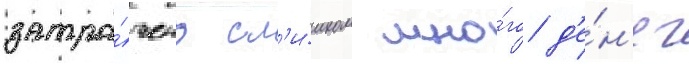
затра́чено сл'и́шком мно́го д'е́н'ег